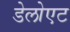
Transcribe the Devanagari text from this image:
डेलोएट